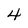
Character: 4